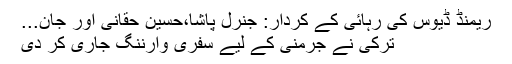
ریمنڈ ڈیوس کی رہائی کے کردار: جنرل پاشا،حسین حقانی اور جان...
ترکی نے جرمنی کے لیے سفری وارننگ جاری کر دی